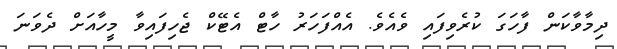
ދިމާވާކަން ފާހަގަ ކުރެވިފައި ވެއެވެ. އެއްފަހަރު ހާޓް އެޓޭކް ޖެހިފައިވާ މީހާއަށް ދެވަނަ